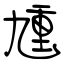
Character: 尰